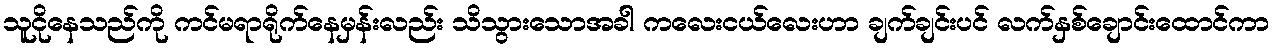
သူငိုနေသည်ကို ကင်မရာရိုက်နေမှန်းလည်း သိသွားသောအခါ ကလေးငယ်လေးဟာ ချက်ချင်းပင် လက်နှစ်ချောင်းထောင်ကာ